Scottish Leaving Certificate Examination, 1961
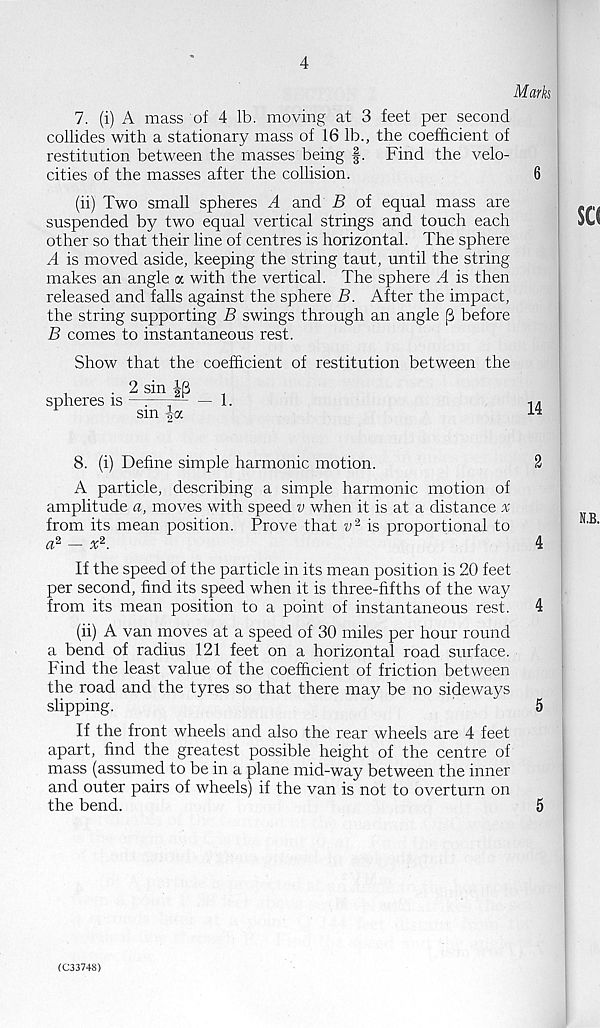
4
Mark
7. (i) A mass of 4 lb. moving at 3 feet per second
collides with a stationary mass of 16 lb., the coefficient of
restitution between the masses being f. Find the velo-
cities of the masses after the collision.
6
(ii) Two small spheres A and B of equal mass are
suspended by two equal vertical strings and touch each
other so that their line of centres is horizontal. The sphere
A is moved aside, keeping the string taut, until the string
makes an angle a with the vertical. The sphere A is then
released and falls against the sphere B. After the impact,
the string supporting B swings through an angle [3 before
B comes to instantaneous rest.
Show that the coefficient of restitution between the
spheres is
2 sin |[3
sin -|oc
1.
14
8. (i) Define simple harmonic motion.
2
A particle, describing a simple harmonic motion of
amplitude a, moves with speed v when it is at a distance .r
from its mean position. Prove that i> 2 is proportional to
a 2 — x 2 .
4
If the speed of the particle in its mean position is 20 feet
per second, find its speed when it is three-fifths of the way
from its mean position to a point of instantaneous rest.
4
(ii) A van moves at a speed of 30 miles per hour round
a bend of radius 121 feet on a horizontal road surface.
Find the least value of the coefficient of friction between
the road and the tyres so that there may be no sideways
slipping.
5
If the front wheels and also the rear wheels are 4 feet
apart, find the greatest possible height of the centre of
mass (assumed to be in a plane mid-way between the inner
and outer pairs of wheels) if the van is not to overturn on
the bend.
5
CC3374S)